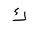
Letter: _kaf